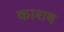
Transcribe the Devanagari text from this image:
काशब